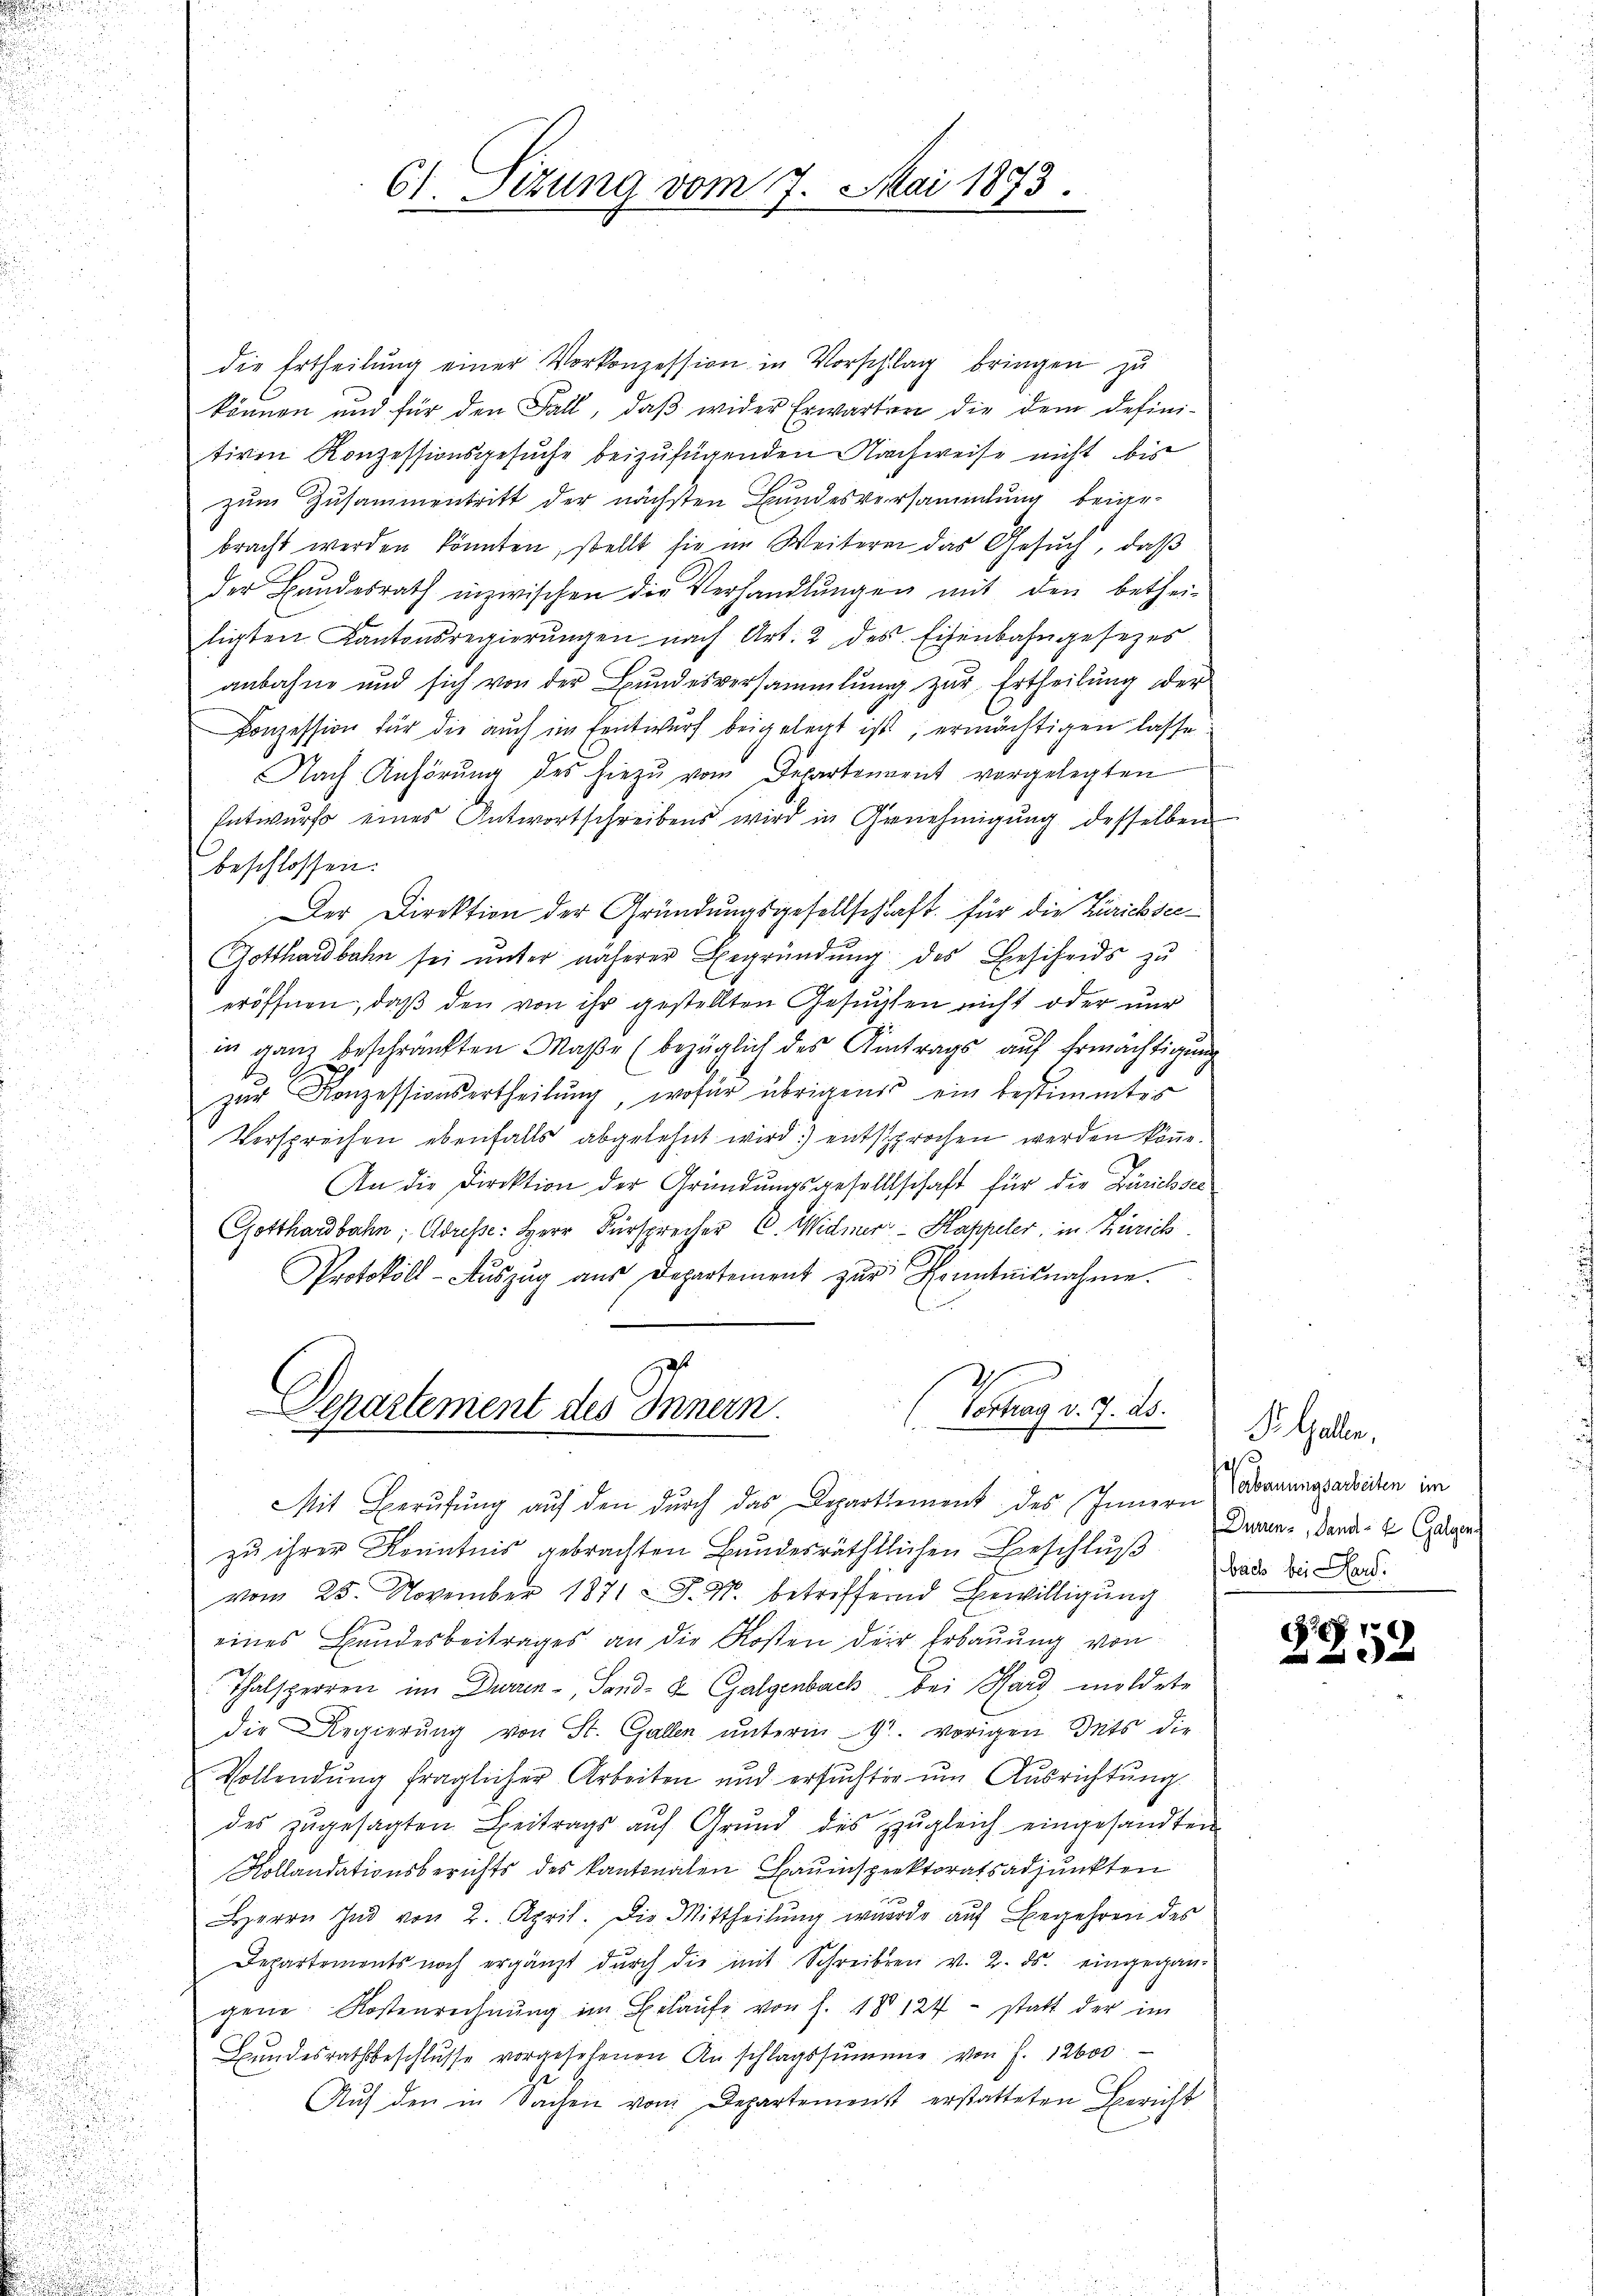
61. Sizung vom 7. Mai 1873.

die Ertheilŭng einer Vorkonzession in Vorschlag bringen zu
können und für den Fall, daß wider Erwarten die dem defini-
tiven Konzessionsgesuche beizufügenden Nachweise nicht bis
zum Zusammentritt der nächsten Bundesversammlung beiarbracht werden könnten, stellt sie im Weiteren das Gesŭch, daβ
der Bŭndesrath inzwischen die Verhandlŭngen mit den bethei-
tigten Kantonsregierŭngen nach Art. 2 des Eisenbahngesezes
anbahne und sich von der Bundesversammlung zur Ertheilung der
Conzession für die auch im Entwurf beigelegt ist, ermächtigen lasse
Nach Anhörŭng des hiezŭ vom Departenannt vorgelegten
Entwurf eines Antwortschreibens wird in Genehmigung desselben
beschlossen:
Der Direktion der Gründungsgesellschaft für die Zürichsee¬
Gotthardbahn sei unter näherer Begründŭng des Bescheids zu
eröffnen, daß den von ihr gestellten Gesuchten nicht oder nur
in ganz beschränkten Maße (bezüglich des Antrags auf Ermächtigung
zŭr Konzessionsertheilŭng, wofür übrigens ein bestimmtes
Versprechen ebenfalls abgelehnt wird) entsprochen werden könne.
An die Direktion der Gründungsgesellschaft für die Zürich ver
Gotthardbahn, Adresse: Herr Fürsprecher C. Widmer - Kappeler, in Zürich.
Protokoll-Aŭszŭg aŭs Departement zŭr Kenntnisnahme.
Departement des Innern.
Vertrag v. 7. ds.
Mit Berŭfŭng aŭf den dŭrch das Departement des Innern
zu ihrer Kenntnis gebrachten Bundesräthlichen Beschluß dass zu Landvom 25. November 1871 J. M. betriffend Bewilligung
eines Bundesbeitrages an die Kosten der Erbaŭŭng von
Thalsperren im Durren-, Sand- & Galgenbach bei Hard mildete
die Regierŭng von St. Gallen unterm 9t. vorigen Seits die
Vollendŭng fraglicher Arbeiten und ersŭchter ŭm Aŭsrichtŭng.
des zŭgesagten Beitrags aŭf Grŭnd des zŭgleich eingesandten
Kollandationsberichts des kantonalen Bauinspektoratsadjunkten
Herrn Ind von 2. April. Die Mittheilung wurde auf Begehren des
Departements noch ergänzt durch die mit Schreiben v. 2. ds. eingegangene Kosterrechnŭng im Belaŭfe von J. 18 124 - statt der im
Bŭndesrathsbeschlŭsse vorgesehenen Anschlagssumme von J. 12600
Auf den in Sachen vom Departemenst erstatteten Bericht

lzellen.
is
erbaumasarbeiten im
Durenz, Land- & Galgen

x
32